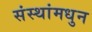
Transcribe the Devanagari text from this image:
संस्थांमधुन